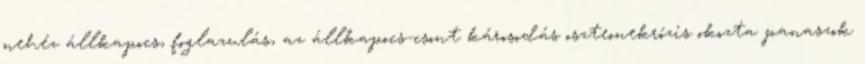
nehéz állkapocs, foglazulás, az állkapocs-csont károsodás oszteonekrózis okozta panaszok